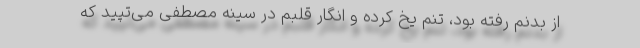
از بدنم رفته بود، تنم یخ کرده و انگار قلبم در سینه مصطفی می‌تپید که